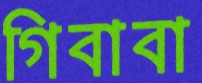
গিবাবা